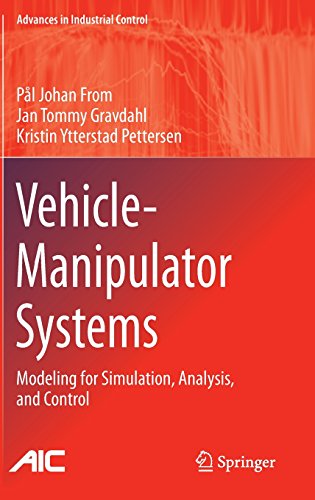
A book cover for Vehicle-Manipulator Systems: Modeling for Simulation, Analysis, and Control (Advances in Industrial Control); PÃ¥l Johan From; Computers & Technology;